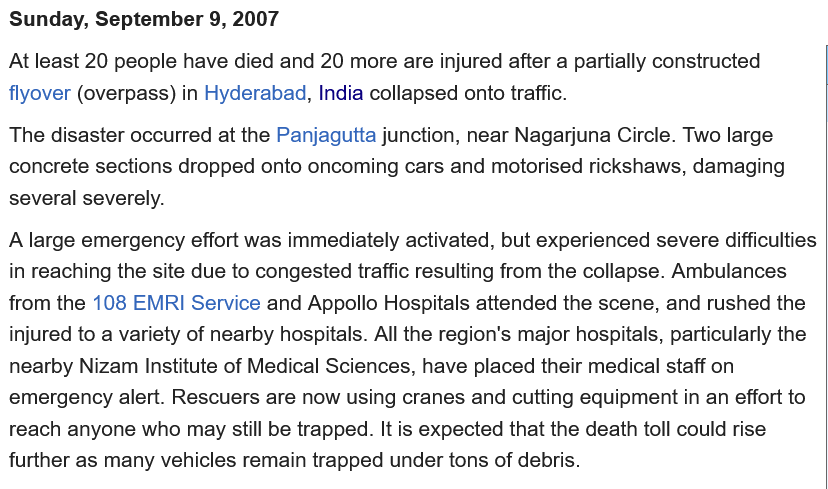
Sunday, September 9,  2007
  At least 20 people have died and 20 more are injured after a partially constructed
  flyover (overpass) in Hyderabad, India collapsed onto traffic.
  The disaster occurred at the Panjagutta junction, near Nagarjuna Circle. Two large
  concrete sections dropped onto oncoming cars and motorised rickshaws, damaging
  several severely.
  A large emergency effort was immediately activated, but experienced severe difficulties
  in reaching the site due to congested traffic resulting from the collapse. Ambulances
  from the 108 EMRI Service and Appollo Hospitals attended the scene, and rushed the
  injured to a variety of nearby hospitals. All the region's major hospitals, particularly the
  nearby Nizam Institute of Medical Sciences, have placed their medical staff on
  emergency alert. Rescuers are now using cranes and cutting equipment in an effort to
  reach anyone who may still be trapped. It is expected that the death toll could rise
  further as many vehicles remain trapped under tons of debris.